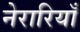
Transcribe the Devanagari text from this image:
नेरारियाँ